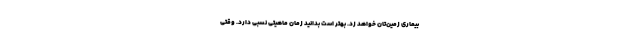
بیماری زمین‌تان خواهد زد. بهتر است بدانید زمان ماهیتی نسبی دارد. وقتی